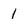
Character: 1